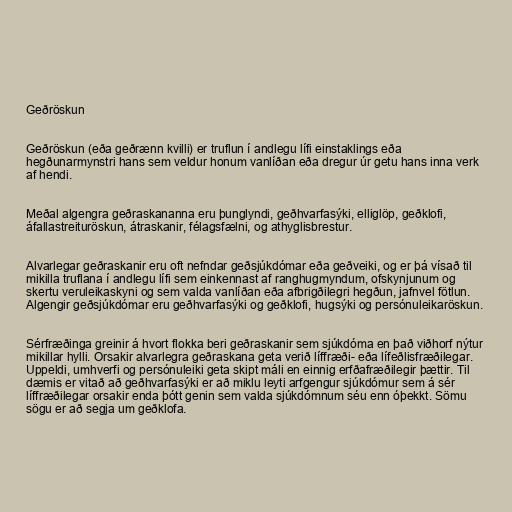
Geðröskun

Geðröskun (eða geðrænn kvilli) er truflun í andlegu lífi einstaklings eða
hegðunarmynstri hans sem veldur honum vanlíðan eða dregur úr getu hans inna verk
af hendi.

Meðal algengra geðraskananna eru þunglyndi, geðhvarfasýki, elliglöp, geðklofi,
áfallastreituröskun, átraskanir, félagsfælni, og athyglisbrestur.

Alvarlegar geðraskanir eru oft nefndar geðsjúkdómar eða geðveiki, og er þá vísað til
mikilla truflana í andlegu lífi sem einkennast af ranghugmyndum, ofskynjunum og
skertu veruleikaskyni og sem valda vanlíðan eða afbrigðilegri hegðun, jafnvel fötlun.
Algengir geðsjúkdómar eru geðhvarfasýki og geðklofi, hugsýki og persónuleikaröskun.

Sérfræðinga greinir á hvort flokka beri geðraskanir sem sjúkdóma en það viðhorf nýtur
mikillar hylli. Orsakir alvarlegra geðraskana geta verið líffræði- eða lífeðlisfræðilegar.
Uppeldi, umhverfi og persónuleiki geta skipt máli en einnig erfðafræðilegir þættir. Til
dæmis er vitað að geðhvarfasýki er að miklu leyti arfgengur sjúkdómur sem á sér
líffræðilegar orsakir enda þótt genin sem valda sjúkdómnum séu enn óþekkt. Sömu
sögu er að segja um geðklofa.